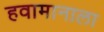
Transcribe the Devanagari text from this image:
हवामानाला